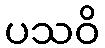
ပသဝိ